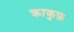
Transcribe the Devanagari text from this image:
क्राकुफ़